Civil Veterinary Dept. North-West Frontier Province 1901-22 - 1901-1922
Year: 1901
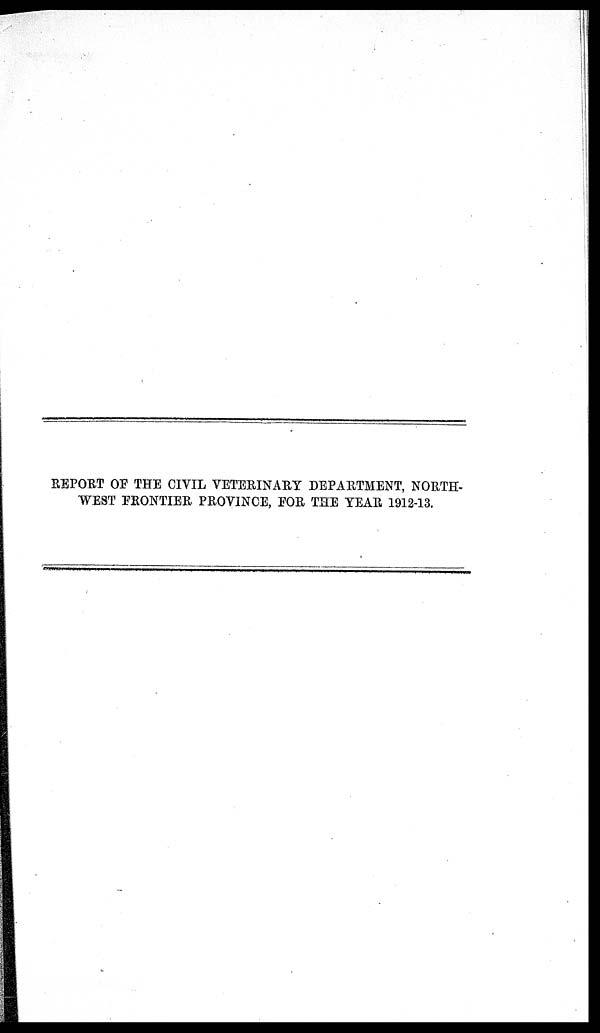
REPORT OF THE CIVIL VETERINARY DEPARTMENT, NORTH-
WEST FRONTIER PROVINCE, FOR THE YEAR 1912-13.